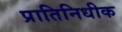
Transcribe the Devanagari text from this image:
प्रातिनिधीक